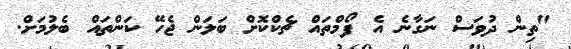
"ތިން ދުވަސް ނަގާނެ އެ ފޯމްތައް ޗެކްކޮށް ބަލަން ޖެހޭ ކަންތައް ބެލުމަށް.